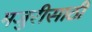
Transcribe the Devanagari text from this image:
मजुरीसाठी